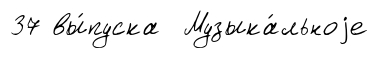
37 вы́пуска Музыка́льноjе